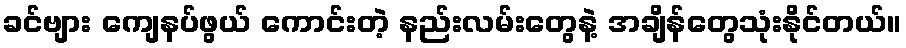
ခင်ဗျား ကျေနပ်ဖွယ် ကောင်းတဲ့ နည်းလမ်းတွေနဲ့ အချိန်တွေသုံးနိုင်တယ်။